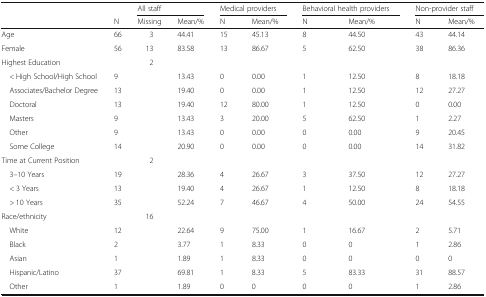
<table><thead><tr><td></td><td></td><td colspan="2"><b>All staff</b></td><td colspan="2"><b>Medical providers</b></td><td colspan="2"><b>Behavioral health providers</b></td><td colspan="2"><b>Non-provider staff</b></td></tr><tr><td></td><td><b>N</b></td><td><b>Missing</b></td><td><b>Mean/%</b></td><td><b>N</b></td><td><b>Mean/%</b></td><td><b>N</b></td><td><b>Mean/%</b></td><td><b>N</b></td><td><b>Mean/%</b></td></tr></thead><tbody><tr><td>Age</td><td>66</td><td>3</td><td>44.41</td><td>15</td><td>45.13</td><td>8</td><td>44.50</td><td>43</td><td>44.14</td></tr><tr><td>Female</td><td>56</td><td>13</td><td>83.58</td><td>13</td><td>86.67</td><td>5</td><td>62.50</td><td>38</td><td>86.36</td></tr><tr><td>Highest Education</td><td></td><td>2</td><td></td><td></td><td></td><td></td><td></td><td></td><td></td></tr><tr><td> &lt; High School/High School</td><td>9</td><td></td><td>13.43</td><td>0</td><td>0.00</td><td>1</td><td>12.50</td><td>8</td><td>18.18</td></tr><tr><td> Associates/Bachelor Degree</td><td>13</td><td></td><td>19.40</td><td>0</td><td>0.00</td><td>1</td><td>12.50</td><td>12</td><td>27.27</td></tr><tr><td> Doctoral</td><td>13</td><td></td><td>19.40</td><td>12</td><td>80.00</td><td>1</td><td>12.50</td><td>0</td><td>0.00</td></tr><tr><td> Masters</td><td>9</td><td></td><td>13.43</td><td>3</td><td>20.00</td><td>5</td><td>62.50</td><td>1</td><td>2.27</td></tr><tr><td> Other</td><td>9</td><td></td><td>13.43</td><td>0</td><td>0.00</td><td>0</td><td>0.00</td><td>9</td><td>20.45</td></tr><tr><td> Some College</td><td>14</td><td></td><td>20.90</td><td>0</td><td>0.00</td><td>0</td><td>0.00</td><td>14</td><td>31.82</td></tr><tr><td>Time at Current Position</td><td></td><td>2</td><td></td><td></td><td></td><td></td><td></td><td></td><td></td></tr><tr><td> 3–10 Years</td><td>19</td><td></td><td>28.36</td><td>4</td><td>26.67</td><td>3</td><td>37.50</td><td>12</td><td>27.27</td></tr><tr><td> &lt; 3 Years</td><td>13</td><td></td><td>19.40</td><td>4</td><td>26.67</td><td>1</td><td>12.50</td><td>8</td><td>18.18</td></tr><tr><td> &gt; 10 Years</td><td>35</td><td></td><td>52.24</td><td>7</td><td>46.67</td><td>4</td><td>50.00</td><td>24</td><td>54.55</td></tr><tr><td>Race/ethnicity</td><td></td><td>16</td><td></td><td></td><td></td><td></td><td></td><td></td><td></td></tr><tr><td> White</td><td>12</td><td></td><td>22.64</td><td>9</td><td>75.00</td><td>1</td><td>16.67</td><td>2</td><td>5.71</td></tr><tr><td> Black</td><td>2</td><td></td><td>3.77</td><td>1</td><td>8.33</td><td>0</td><td>0</td><td>1</td><td>2.86</td></tr><tr><td> Asian</td><td>1</td><td></td><td>1.89</td><td>1</td><td>8.33</td><td>0</td><td>0</td><td>0</td><td>0</td></tr><tr><td> Hispanic/Latino</td><td>37</td><td></td><td>69.81</td><td>1</td><td>8.33</td><td>5</td><td>83.33</td><td>31</td><td>88.57</td></tr><tr><td> Other</td><td>1</td><td></td><td>1.89</td><td>0</td><td>0</td><td>0</td><td>0</td><td>1</td><td>2.86</td></tr></tbody></table>